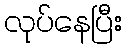
လုပ်နေပြီး